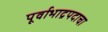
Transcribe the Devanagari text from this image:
पूर्वाभाद्रपदाचा